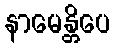
နာမေန္တိပေ